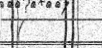
(